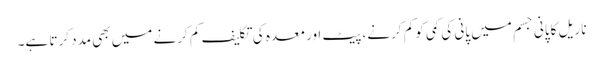
ناریل کاپانی جسم میں پانی کی کمی کو کم کرنے، پیٹ اور معدہ کی تکلیف کم کرنے میں بھی مدد کرتا ہے۔